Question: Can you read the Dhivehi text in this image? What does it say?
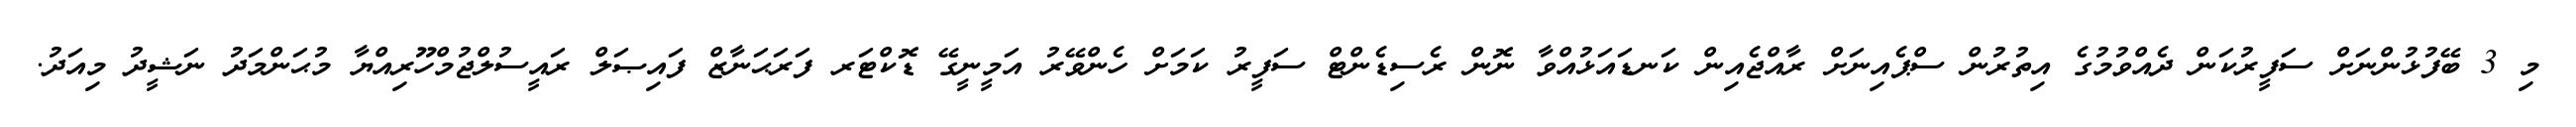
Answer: މި 3 ބޭފުޅުންނަށް ސަފީރުކަން ދެއްވުމުގެ އިތުރުން ސްޕެއިނަށް ރާއްޖެއިން ކަނޑައަޅުއްވާ ނޮން ރެސިޑެންޓް ސަފީރު ކަމަށް ހެންވޭރު އަމީނީގޭ ޑޮކްޓަރ ފަރަޙަނާޒް ފައިޞަލް ރައީސުލްޖުމްހޫރިއްޔާ މުޙަންމަދު ނަޝީދު މިއަދު.